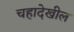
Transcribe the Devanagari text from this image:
चहादेखील